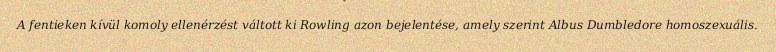
A fentieken kívül komoly ellenérzést váltott ki Rowling azon bejelentése, amely szerint Albus Dumbledore homoszexuális.